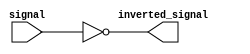
module open_drain_inverter (
    input signal,
    output inverted_signal
);

assign inverted_signal = ~signal;

endmodule